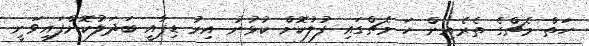
ހަތް މެޗްގެ ތެރެއިން ހަ މެޗްގައި ފުލުކޮށް ކުޅުނު އިރު ޑިޕާއީ ބަދަލުކޮށްފައިވަނީ